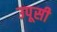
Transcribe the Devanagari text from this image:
उपूसी